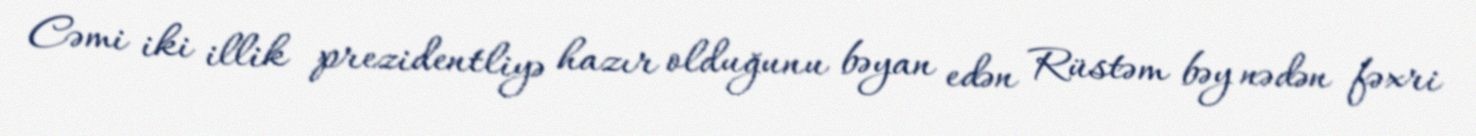
Cəmi iki illik prezidentliyə hazır olduğunu bəyan edən Rüstəm bəy nədən fəxri